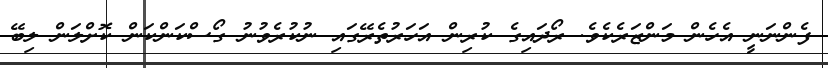
ފެންނަނީ އެހެން މަންޒަރެކެވެ. ރޯދައިގެ ކުރިން އަހަރުތެރޭގައި ނުކުރެވުނު ގޯސްކަންކަން ކޮށްލަން ލިބޭ